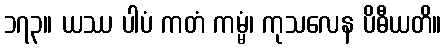
၁၇၃။ ယဿ ပါပံ ကတံ ကမ္မံ၊ ကုသလေန ပိဓီယတိ။